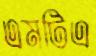
এমটিএ